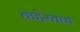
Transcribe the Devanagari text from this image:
बाहेरचाच